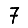
Digit: 7